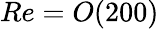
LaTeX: Re=O(200)